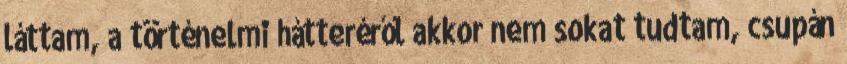
láttam, a történelmi hátteréről akkor nem sokat tudtam, csupán